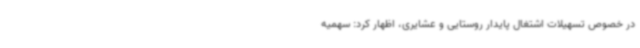
در خصوص تسهیلات اشتغال پایدار روستایی و عشایری، اظهار کرد: سهمیه